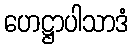
ဟေဋ္ဌာပါသာဒံ